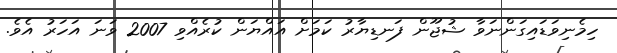
ހިމެނިވަޑައިގަންނަވާ ޝުޖޫން ފަނޑިޔާރު ކަމަށް އައްޔަން ކުރެއްވި 2007 ވަނަ އަހަރު އެވެ.